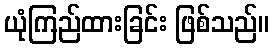
ယုံကြည်ထားခြင်း ဖြစ်သည်။